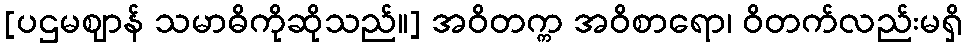
[ပဌမဈာန် သမာဓိကိုဆိုသည်။] အဝိတက္က အဝိစာရော၊ ဝိတက်လည်းမရှိ